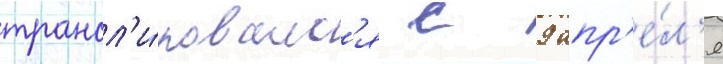
трансл'и́ровалс'я с 9 апр'е́л'я